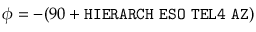
\phi = - ( 9 0 + { \tt H I E R A R C H \ E S O \ T E L 4 \ A Z } )